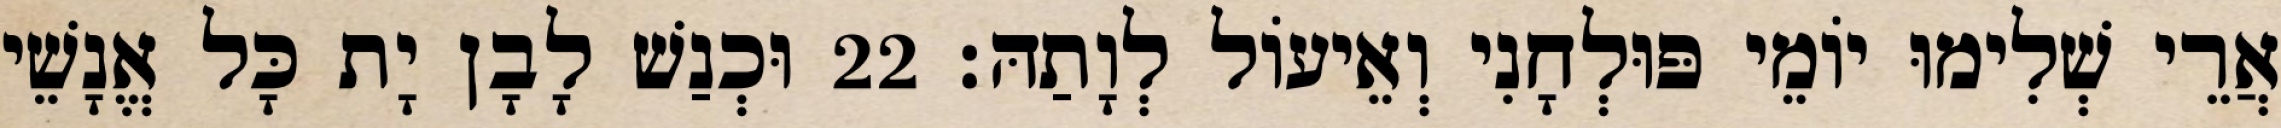
אֲרֵי שְׁלִימוּ יוֹמֵי פּוּלְחָנִי וְאֵיעוֹל לְוָתַהּ׃ 22 וּכְנַשׁ לָבָן יָת כָּל אֱנָשֵׁי